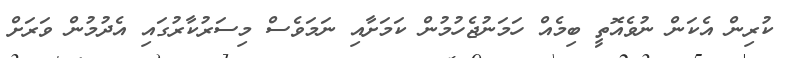
ކުރިން އެކަން ނުވެއޮތީ ބިމެއް ހަމަނުޖެހުމުން ކަމަށާއި ނަމަވެސް މިސަރުކާރުގައި އެދުމުން ވަރަށް